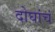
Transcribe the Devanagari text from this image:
दोघांचं